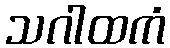
သဂါထကံ